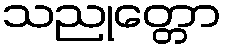
သညုတ္တော